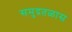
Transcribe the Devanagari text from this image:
समुद्रतळास